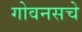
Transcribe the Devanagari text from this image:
गोवनसचे